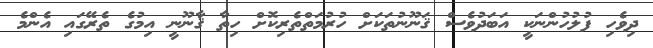
ދިވެހި ފުލުހުންނަކީ އަބަދުވެސް ޤަނޫނުތަކަށް ހުރުމަތްތެރިކޮށް ހިތާ ޤާނޫނީ އިމުގެ ތެރޭގައި އެންމެ